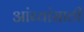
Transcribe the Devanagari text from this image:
आंब्यांसाठी